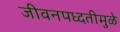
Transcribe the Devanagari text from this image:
जीवनपध्दतीमुळे